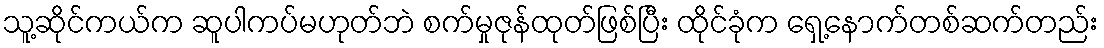
သူ့ဆိုင်ကယ်က ဆူပါကပ်မဟုတ်ဘဲ စက်မှုဇုန်ထုတ်ဖြစ်ပြီး ထိုင်ခုံက ရှေ့နောက်တစ်ဆက်တည်း